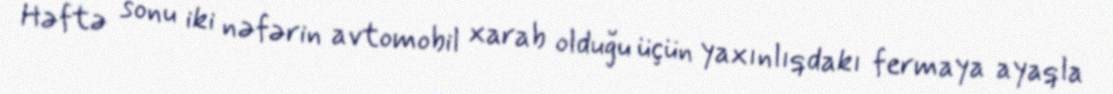
Həftə sonu iki nəfərin avtomobil xarab olduğu üçün yaxınlıqdakı fermaya ayaqla